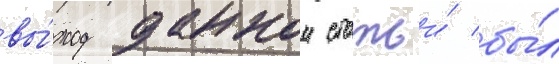
вы́ход даннои статьи́ бы́л